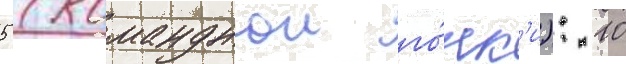
5 (команднои го́нк'и): 10